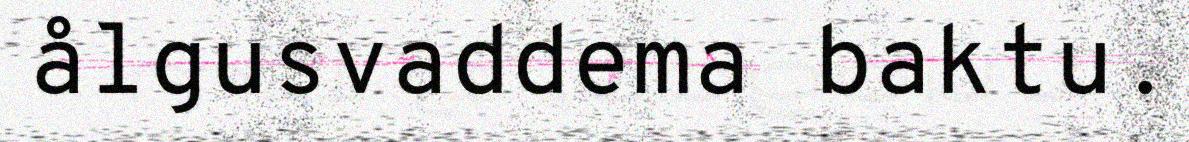
ålgusvaddema baktu.